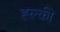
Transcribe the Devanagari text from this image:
ह्ल्की